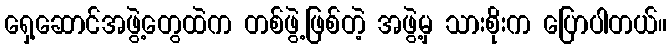
ရှေ့ဆောင်အဖွဲ့တွေထဲက တစ်ဖွဲ့ဖြစ်တဲ့ အဖွဲ့မှ သားစိုးက ပြောပါတယ်။